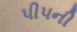
પીપની